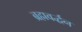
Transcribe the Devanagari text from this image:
ब्रह्मवर्द्धन